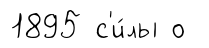
1895 с'и́лы о